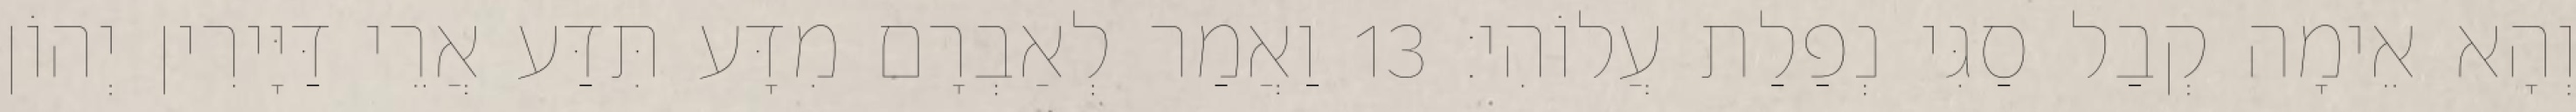
וְהָא אֵימָה קְבַל סַגִּי נְפַלַת עֲלוֹהִי׃ 13 וַאֲמַר לְאַבְרָם מִדָּע תִּדַּע אֲרֵי דַּיָּירִין יְהוֹן